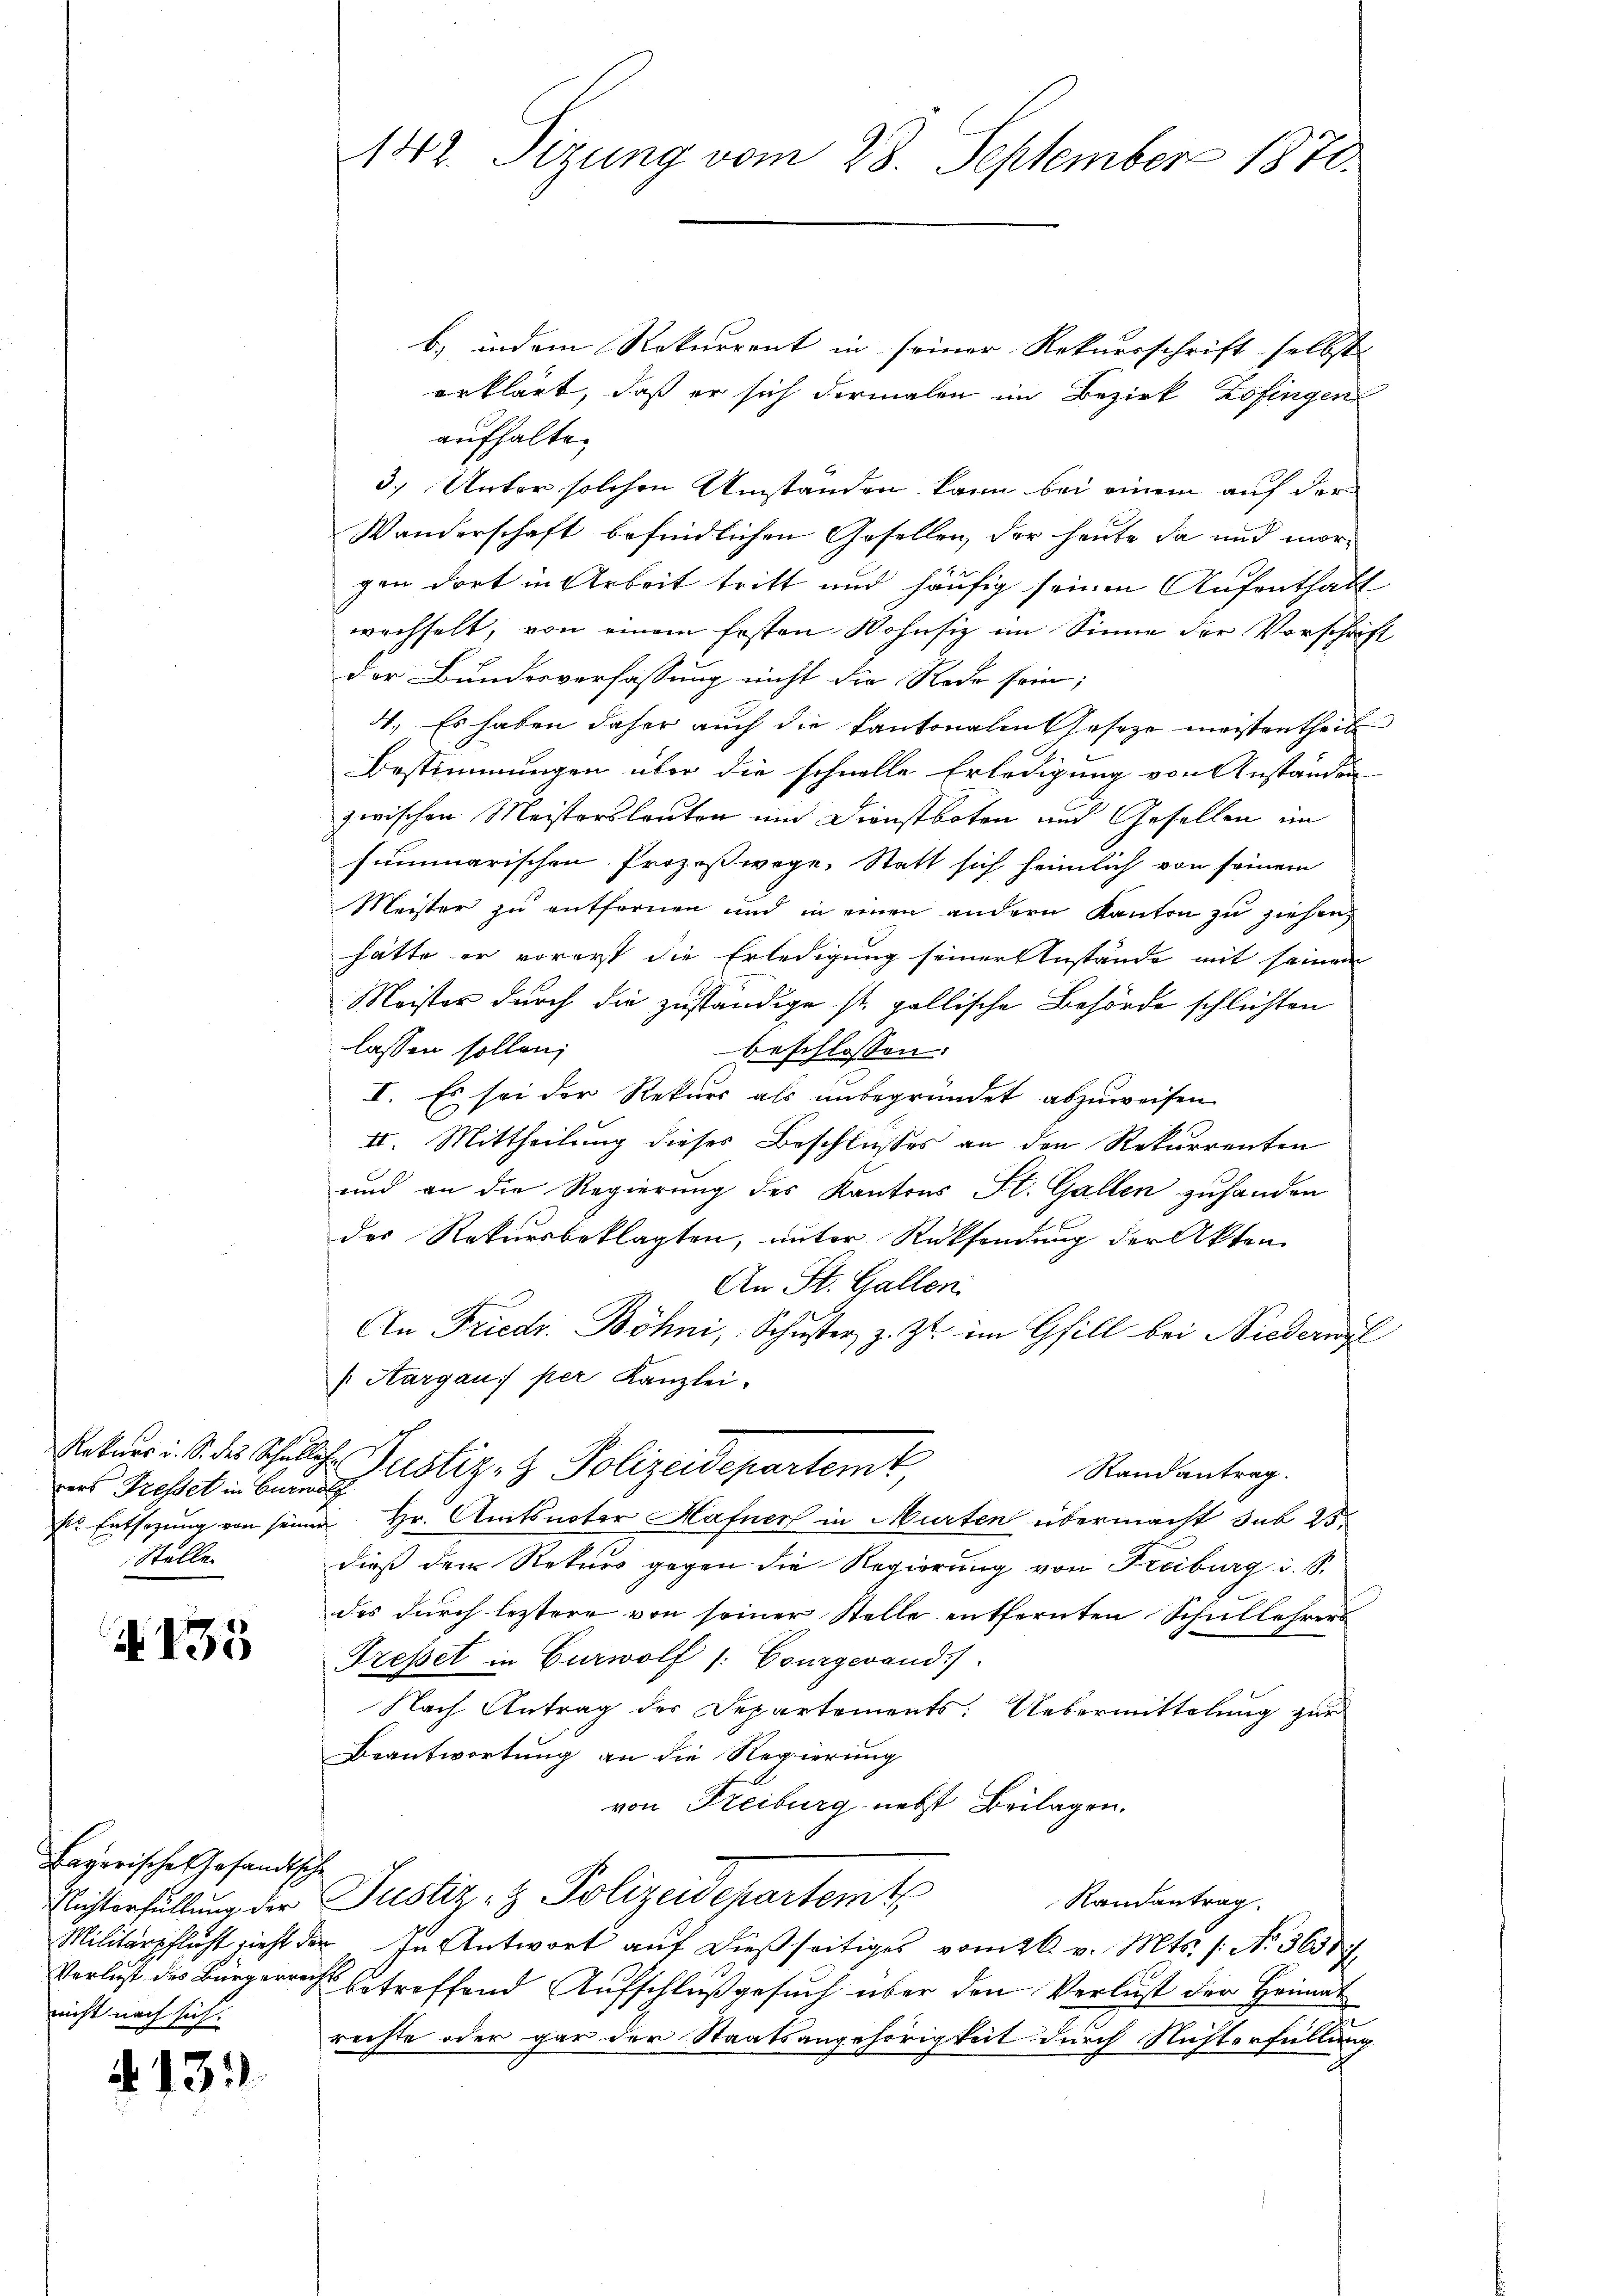
ners Fresset in Burnalg
Stelle.

4135

Bayerische Gesandtsche
nicht nach sich:

.

b) indem Rekurrent in seiner Rekursschrift selbst
erklärt, daß er sich dermalen im Bezirk Zofingen
aufhalte.
3.) Unter solchen Umstanden kann bei einem auf der
Wanderschaft befindlichen Gesellen, der heute da und morgen dort in Arbeit tritt und häufig seinen Aufenthalt
wechselt, von einem Ersten Wohnsiz im Sinne der Vorschrift
der Bundesverfassung nicht die Rede sein;
4. Es haben daher auch die Kantonalen Geseze meistentheil
Bestimmungen über die schnelle Erledigung von Anständen
zwischen Meistersleuten und Dienstboten und Gesellen im
summarischen Prozeßwege, Statt sich heimlich von seinem
Meister zu entfernen und in einen andern Kanton zu ziehen,
hätte er vorerst die Erledigung seiner Anstände mit seinem
Meister durch die zuständige st. gallische Behörde schlichten
lassen sollen;
beschlossen:
I. Es sei der Rekurs als unbegründet abzuweisen
II. Mittheilung dieses Beschlusses an den Rekurrenten
und an die Regierung des Kantons St. Gallen zuhanden
der Rekursbeklagten, unter Rücksendung der Akten
An St. Gallen.
An Friedr. Böhni, Schuster, z. Zt. im Gill bei Niederwyl
(Aargau: per Kanzlei.
Ratuus : 1. des Schulche Justiz- & Polizeidepartemt
Randantrag.
k. Entsagung von seiner Hr. Amtsnoter Hafner in Murten übermacht sub 25
dieß dem Rekurs gegen die Regierung von Freiburg i. S.
des durch leztere von seiner Stelle entfernten Schullehrers
Tresset in Curwolf /: Courgesand
Nach Antrag der Departements: Uebermittelung zur
Beantwortung an die Regierung
von Freiburg nebst Beilagen.
Nichterfüllung der Justiz- & Polizeidepartemt
Randantrag.
Militärpflicht zieht der In Antwort auf dießseitiges vom 26. v. Mts. 1. No. 3650
Verlust des Bürgerrechts betreffend Aufschluß gesuch über den Verlust der Heimat
rechte oder gar der Staatsangehörigkeit durch Nichterfüllung

142. Sizung vom 28. September 1870.